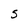
Character: 5